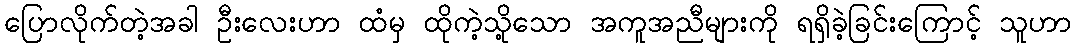
ပြောလိုက်တဲ့အခါ ဦးလေးဟာ ထံမှ ထိုကဲ့သို့သော အကူအညီများကို ရရှိခဲ့ခြင်းကြောင့် သူဟာ